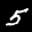
Label: 5